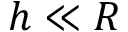
h \ll R